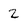
Character: 2